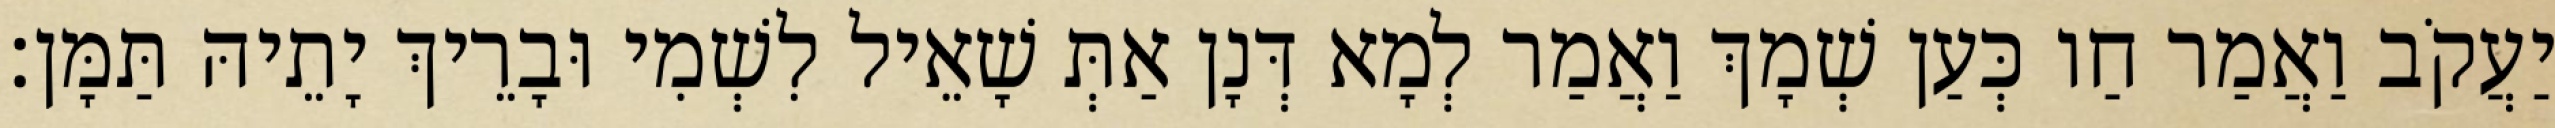
יַעֲקֹב וַאֲמַר חַו כְּעַן שְׁמָךְ וַאֲמַר לְמָא דְּנָן אַתְּ שָׁאֵיל לִשְׁמִי וּבָרֵיךְ יָתֵיהּ תַּמָּן׃